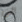
الى